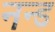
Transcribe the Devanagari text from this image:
नन्ड